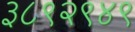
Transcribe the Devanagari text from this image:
३८९२९४९